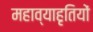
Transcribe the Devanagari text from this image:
महाव्याहृतियों